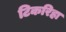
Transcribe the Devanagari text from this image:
टिकरिहा